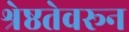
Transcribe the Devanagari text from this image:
श्रेष्ठतेवरून